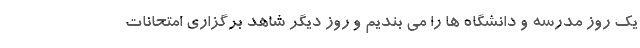
یک روز مدرسه و دانشگاه ها را می بندیم و روز دیگر شاهد برگزاری امتحانات